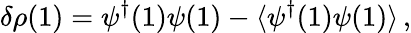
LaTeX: \delta\rho(1)=\psi^{\dagger}(1)\psi(1)-\langle\psi^{\dagger}(1)\psi(1)\rangle\, ,